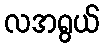
လအရွယ်